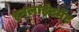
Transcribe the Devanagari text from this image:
इनलाईटमेंट